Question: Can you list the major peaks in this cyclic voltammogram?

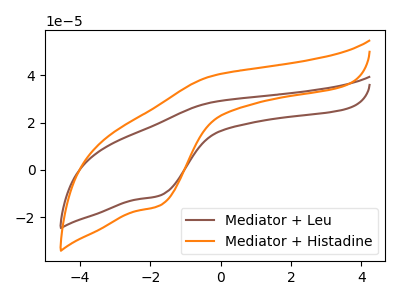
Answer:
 <answer>The brown curve "Mediator + Leu" has an anodic peak at (-0.25V, 28.65uA) and a cathodic peak at (-1.75V, -10.80uA). The orange curve "Mediator + Histadine" has an anodic peak at (-0.25V, 39.80uA) and a cathodic peak at (-1.75V, -15.00uA).</answer>
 <eval></eval>